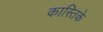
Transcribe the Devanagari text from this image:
कास्तिके